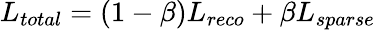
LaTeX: L_{total}=(1-\beta)L_{reco}+\beta L_{sparse}